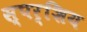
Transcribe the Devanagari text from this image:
स्पर्शिय